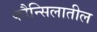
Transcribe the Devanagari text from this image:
कौन्सिलातील